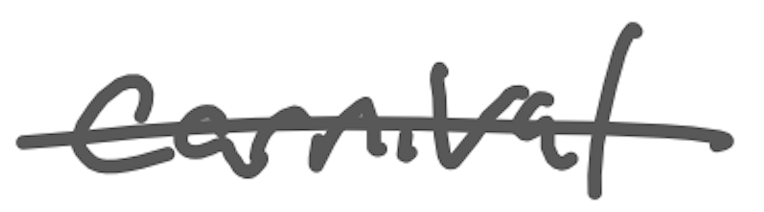
Text: carnival
Cross-out: single-line
Writing tool: digital_gray